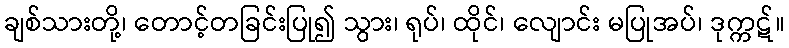
ချစ်သားတို့၊ တောင့်တခြင်းပြု၍ သွား၊ ရုပ်၊ ထိုင်၊ လျောင်း မပြုအပ်၊ ဒုက္ကဋ်။